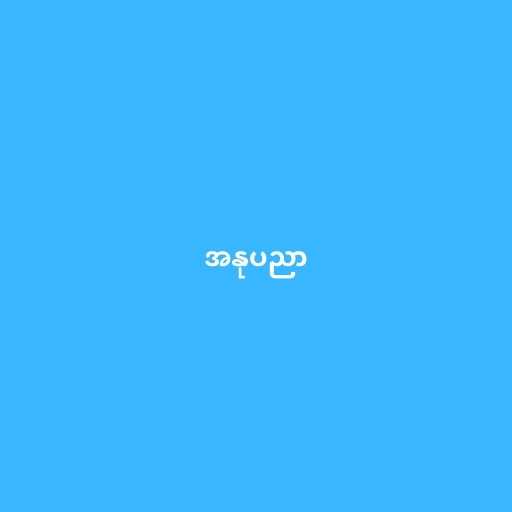
အနုပညာ